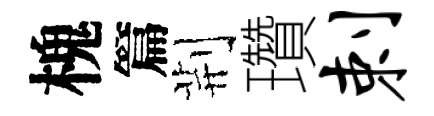
槐篇荆瓚剌